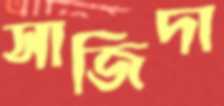
সাজিদা